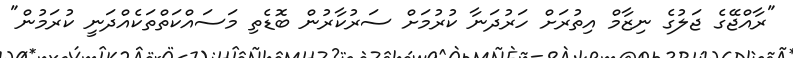
"ރާއްޖޭގެ ޖަލުގެ ނިޒާމް އިތުރަށް ހަރުދަނާ ކުރުމަށް ސަރުކާރުން ބޮޑެތި މަސައްކަތްތަކެއްދަނީ ކުރަމުން"